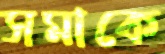
সমাকে